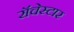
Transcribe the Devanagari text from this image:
रॉचेस्टार